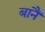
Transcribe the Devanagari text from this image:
बानैं